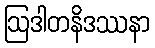
ဩဒါတနိဒဿနာ